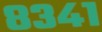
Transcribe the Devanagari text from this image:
८३४१